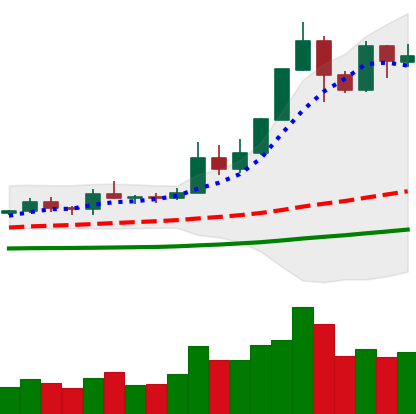
Ticker: ETH-USD
Chart end date: 2019-05-21
Forward return: 4.645%
Label: up_3_5